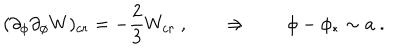
LaTeX: ( \partial _ { \phi } \partial _ { \phi } W ) _ { c r } = - { \frac { 2 } { 3 } } W _ { c r } \ , \qquad \Rightarrow \qquad \phi - \phi _ { * } \sim a \ .